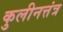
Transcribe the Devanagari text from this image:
कुलीनत्तंत्र